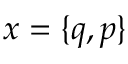
x = \{ q , p \}